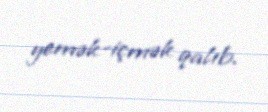
yemək-içmək qalıb.